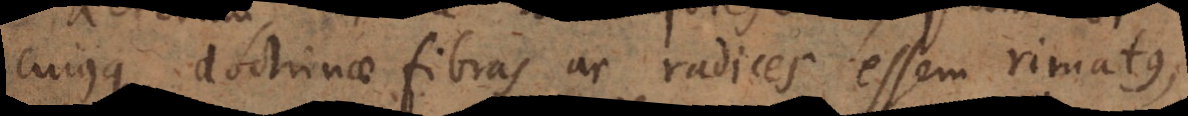
cujusque doctrinae fibras ac radices essem rimatus,